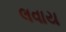
લવાય